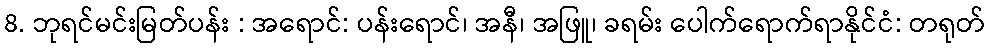
8. ဘုရင်မင်းမြတ်ပန်း : အရောင်: ပန်းရောင်၊ အနီ၊ အဖြူ၊ ခရမ်း ပေါက်ရောက်ရာနိုင်ငံ: တရုတ်